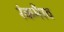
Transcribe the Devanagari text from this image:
रंकभैरव